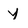
Character: y